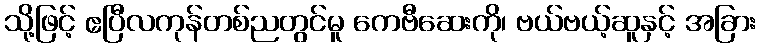
သို့ဖြင့် ဧပြီလကုန်တစ်ညတွင်မူ ကေဗီဆေးကို၊ ဗယ်ဗယ့်ဆူနှင့် အခြား